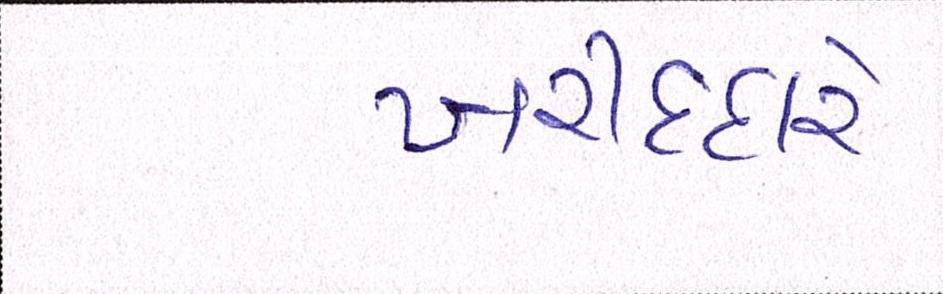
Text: ખરીદદારે